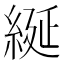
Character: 綖